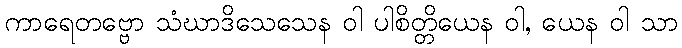
ကာရေတဗ္ဗော သံဃာဒိသေသေန ဝါ ပါစိတ္တိယေန ဝါ, ယေန ဝါ သာ